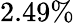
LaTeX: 2.49\%